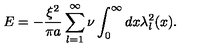
E = - \frac { \xi ^ { 2 } } { \pi a } \sum _ { l = 1 } ^ { \infty } \nu \int _ { 0 } ^ { \infty } d x \lambda _ { l } ^ { 2 } ( x ) .